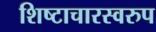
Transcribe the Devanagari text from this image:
शिष्टाचारस्वरुप